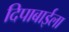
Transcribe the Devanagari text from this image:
दिपाबाईला